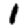
Digit: 1